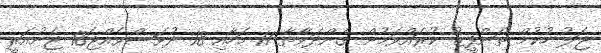
ޖަލު ހުކުމް ތަންފީޒު ކުރައްވަމުން ގެންދަވާތާ 11 މަހާއި 18 ދުވަސްވެއްޖެ18 ޖެނުއަރީ